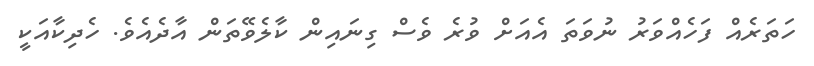
ހަތަރެއް ފަހެއްވަރު ނުވަތަ އެއަށް ވުރެ ވެސް ގިނައިން ކާލެވޭތަން އާދެއެވެ. ހެދިކާއަކީ